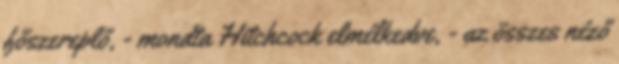
főszereplő, - mondta Hitchcock elmélkedve, - az összes néző